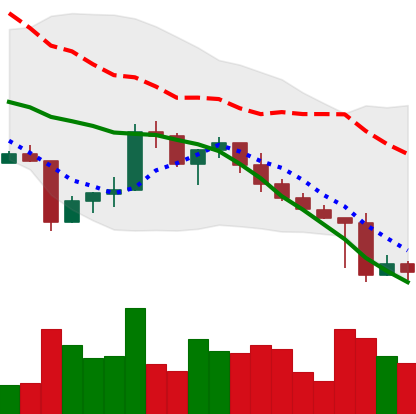
Ticker: XRP-USD
Chart end date: 2022-04-28
Forward return: -6.132%
Label: down_5_7